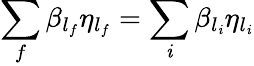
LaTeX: \sum_{f}\beta_{l_{f}}\eta_{l_{f}}=\sum_{\mathit{i}}\beta_{l_{\mathit{i}}}\eta_{l_{\mathit{i}}}